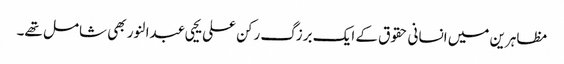
مظاہرین میں انسانی حقوق کے ایک برزگ رکن علی یحیی عبدالنور بھی شامل تھے۔